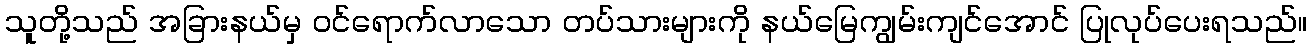
သူတို့သည် အခြားနယ်မှ ဝင်ရောက်လာသော တပ်သားများကို နယ်မြေကျွမ်းကျင်အောင် ပြုလုပ်ပေးရသည်။